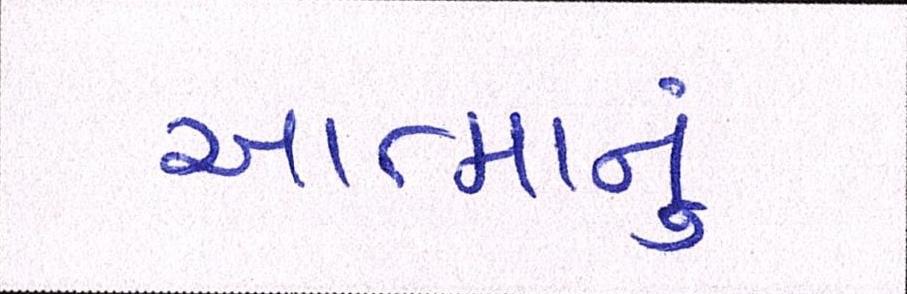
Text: આત્માનું